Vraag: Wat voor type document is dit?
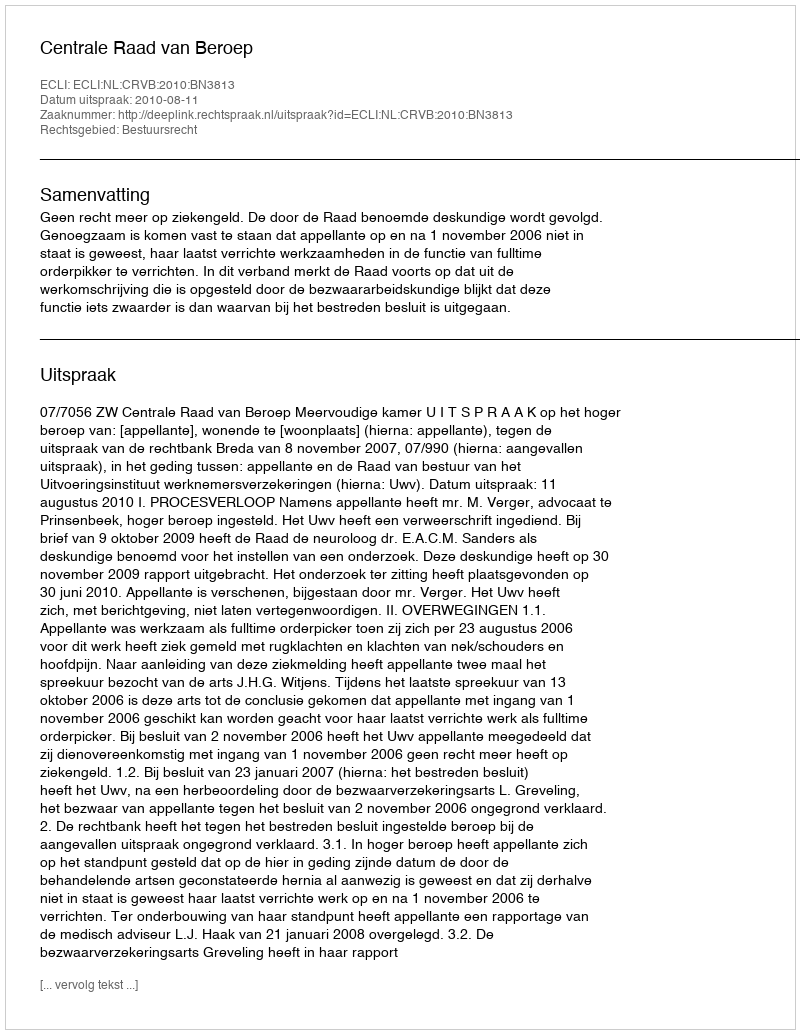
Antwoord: Uitspraak